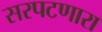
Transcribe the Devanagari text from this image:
सरपटणारा